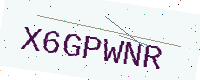
Text: X6GPWNR